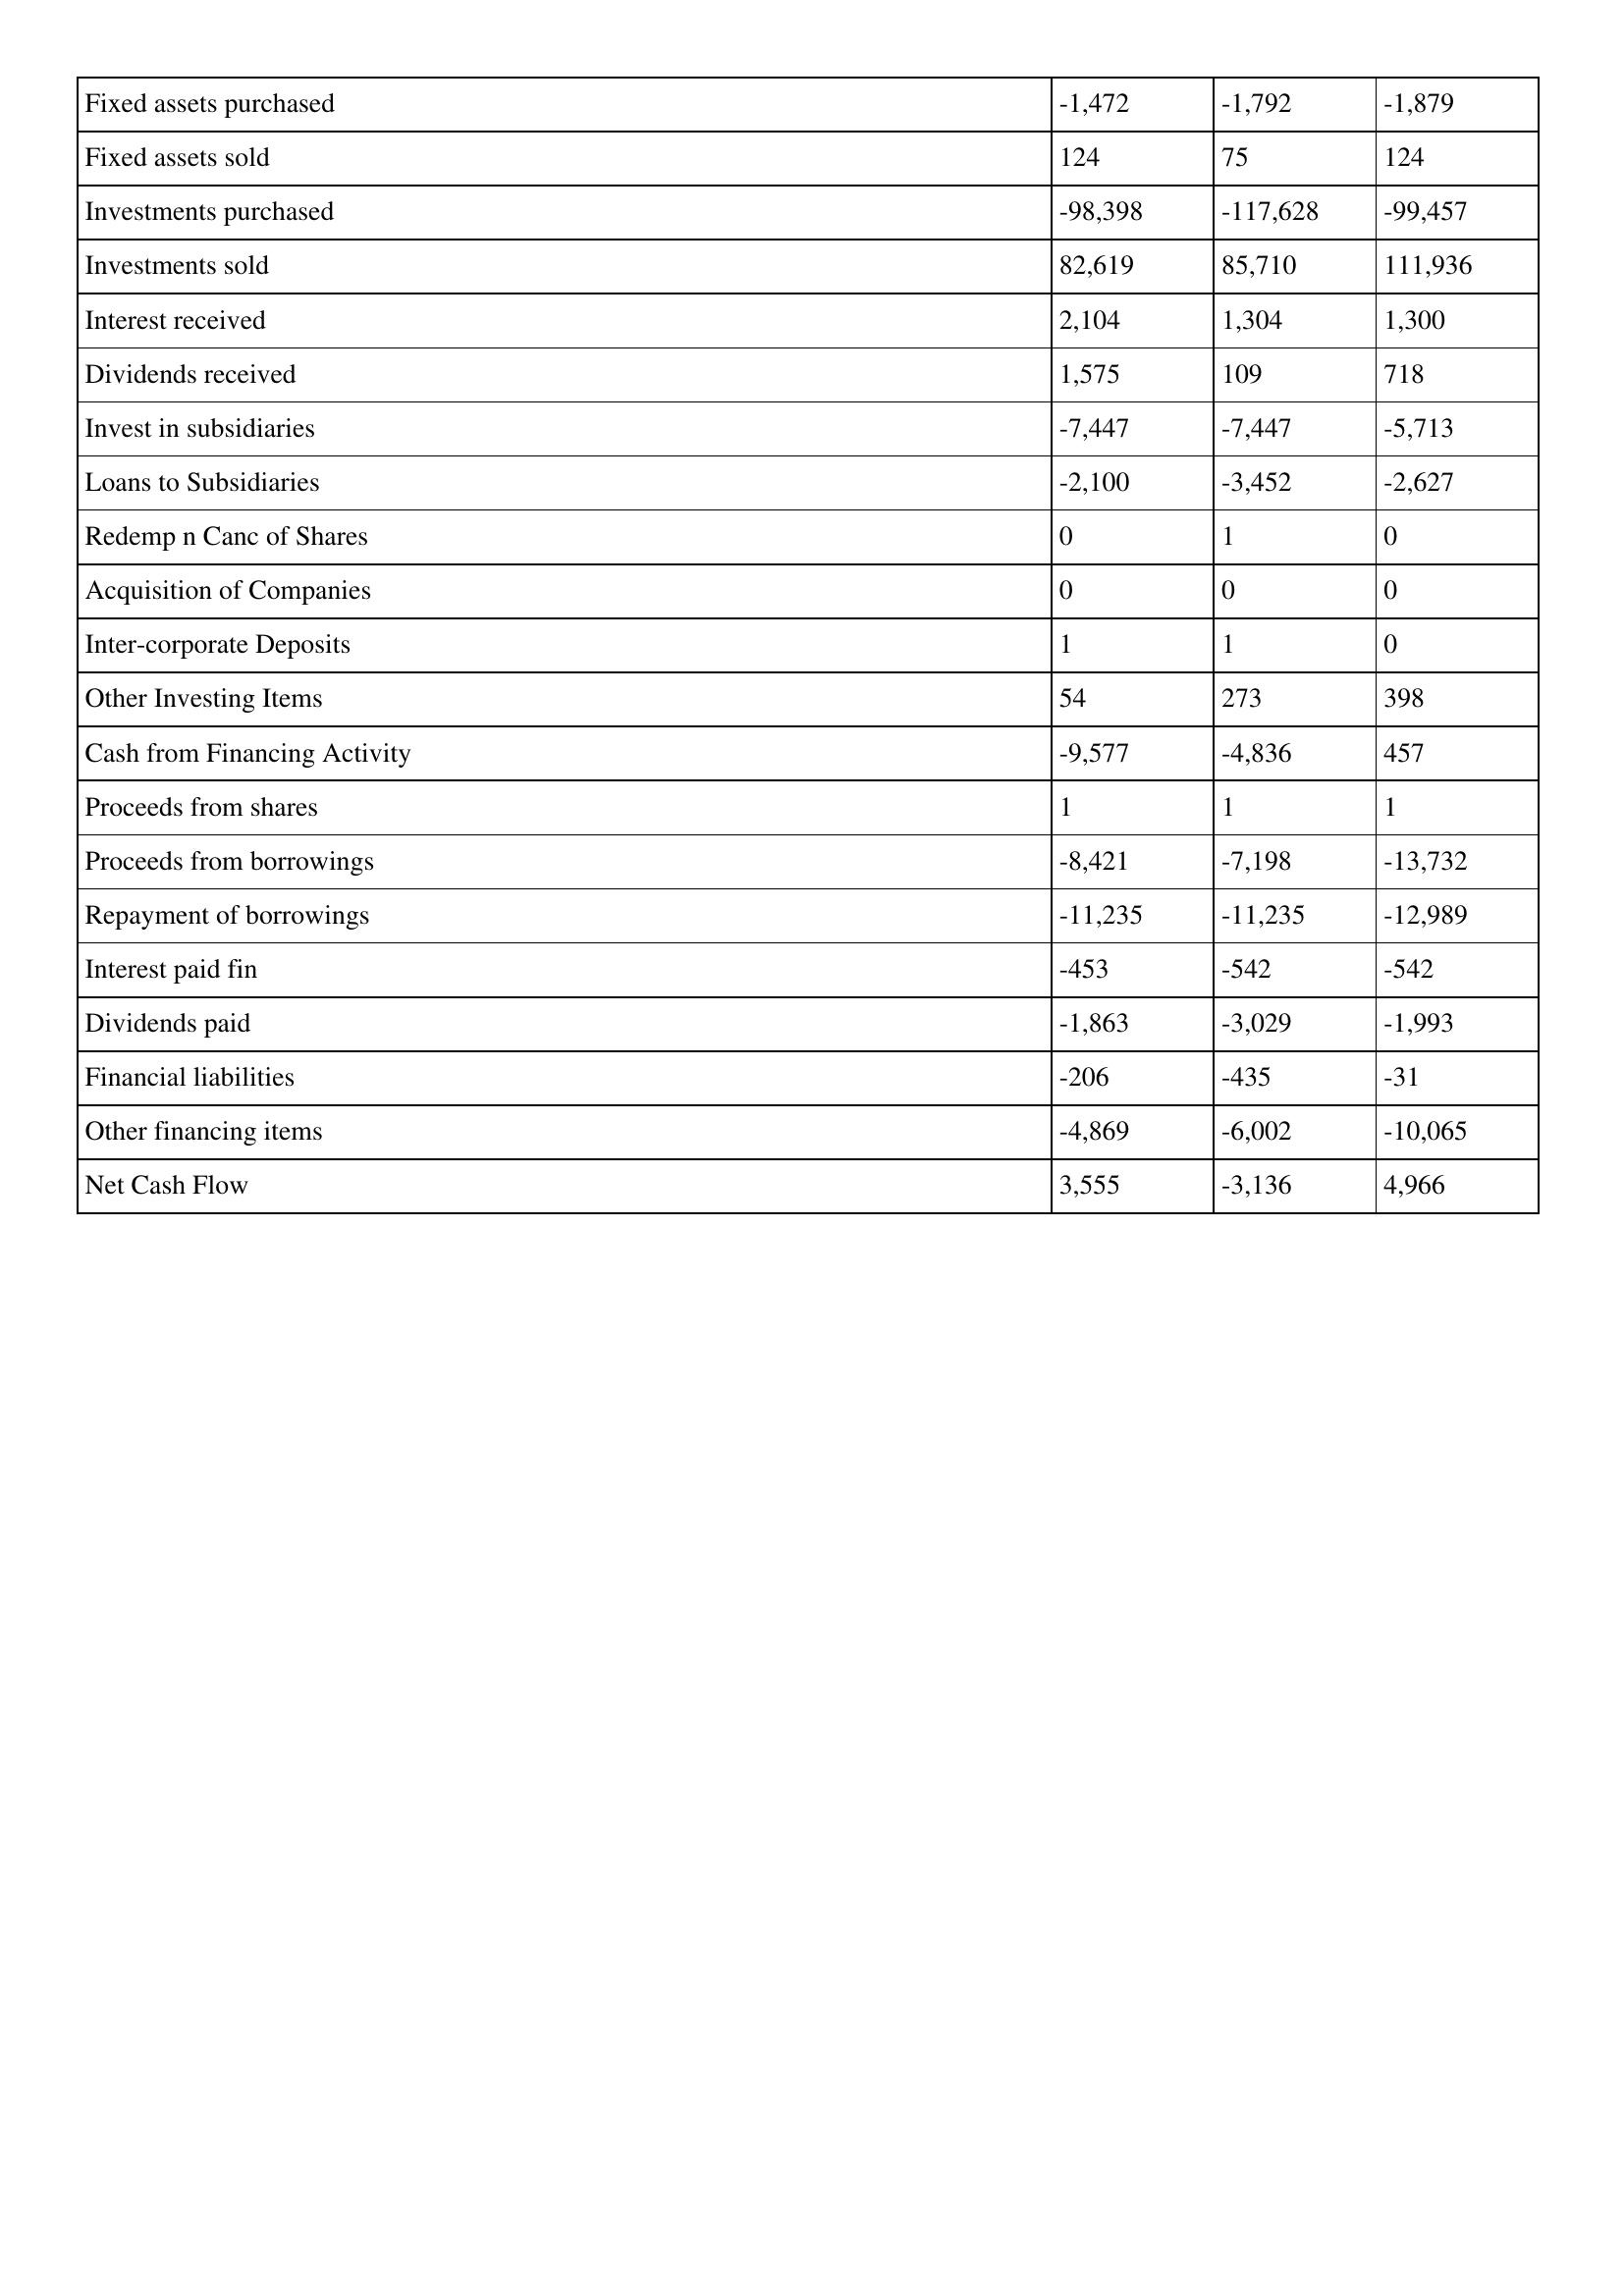
gt_parse: 1997: Cash Flows: Fixed assets purchased: -1,472
Fixed assets sold: 124
Investments purchased: -98,398
Investments sold: 82,619
Interest received: 2,104
Dividends received: 1,575
Invest in subsidiaries: -7,447
Loans to Subsidiaries: -2,100
Redemp n Canc of Shares: 0
Acquisition of Companies: 0
Inter-corporate Deposits: 1
Other Investing Items: 54
Cash from Financing Activity: -9,577
Proceeds from shares: 1
Proceeds from borrowings: -8,421
Repayment of borrowings: -11,235
Interest paid fin: -453
Dividends paid: -1,863
Financial liabilities: -206
Other financing items: -4,869
Net Cash Flow: 3,555
1996: Cash Flows: Fixed assets purchased: -1,792
Fixed assets sold: 75
Investments purchased: -117,628
Investments sold: 85,710
Interest received: 1,304
Dividends received: 109
Invest in subsidiaries: -7,447
Loans to Subsidiaries: -3,452
Redemp n Canc of Shares: 1
Acquisition of Companies: 0
Inter-corporate Deposits: 1
Other Investing Items: 273
Cash from Financing Activity: -4,836
Proceeds from shares: 1
Proceeds from borrowings: -7,198
Repayment of borrowings: -11,235
Interest paid fin: -542
Dividends paid: -3,029
Financial liabilities: -435
Other financing items: -6,002
Net Cash Flow: -3,136
1995: Cash Flows: Fixed assets purchased: -1,879
Fixed assets sold: 124
Investments purchased: -99,457
Investments sold: 111,936
Interest received: 1,300
Dividends received: 718
Invest in subsidiaries: -5,713
Loans to Subsidiaries: -2,627
Redemp n Canc of Shares: 0
Acquisition of Companies: 0
Inter-corporate Deposits: 0
Other Investing Items: 398
Cash from Financing Activity: 457
Proceeds from shares: 1
Proceeds from borrowings: -13,732
Repayment of borrowings: -12,989
Interest paid fin: -542
Dividends paid: -1,993
Financial liabilities: -31
Other financing items: -10,065
Net Cash Flow: 4,966